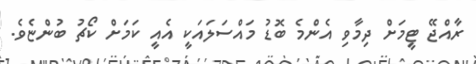
ރާއްޖޭ ޓީމަށް ދިމާވި އެންމެ ބޮޑު މައްސަލައަކީ އެއީ ކަމަށް ކޯޗު ބުންޏެވެ.